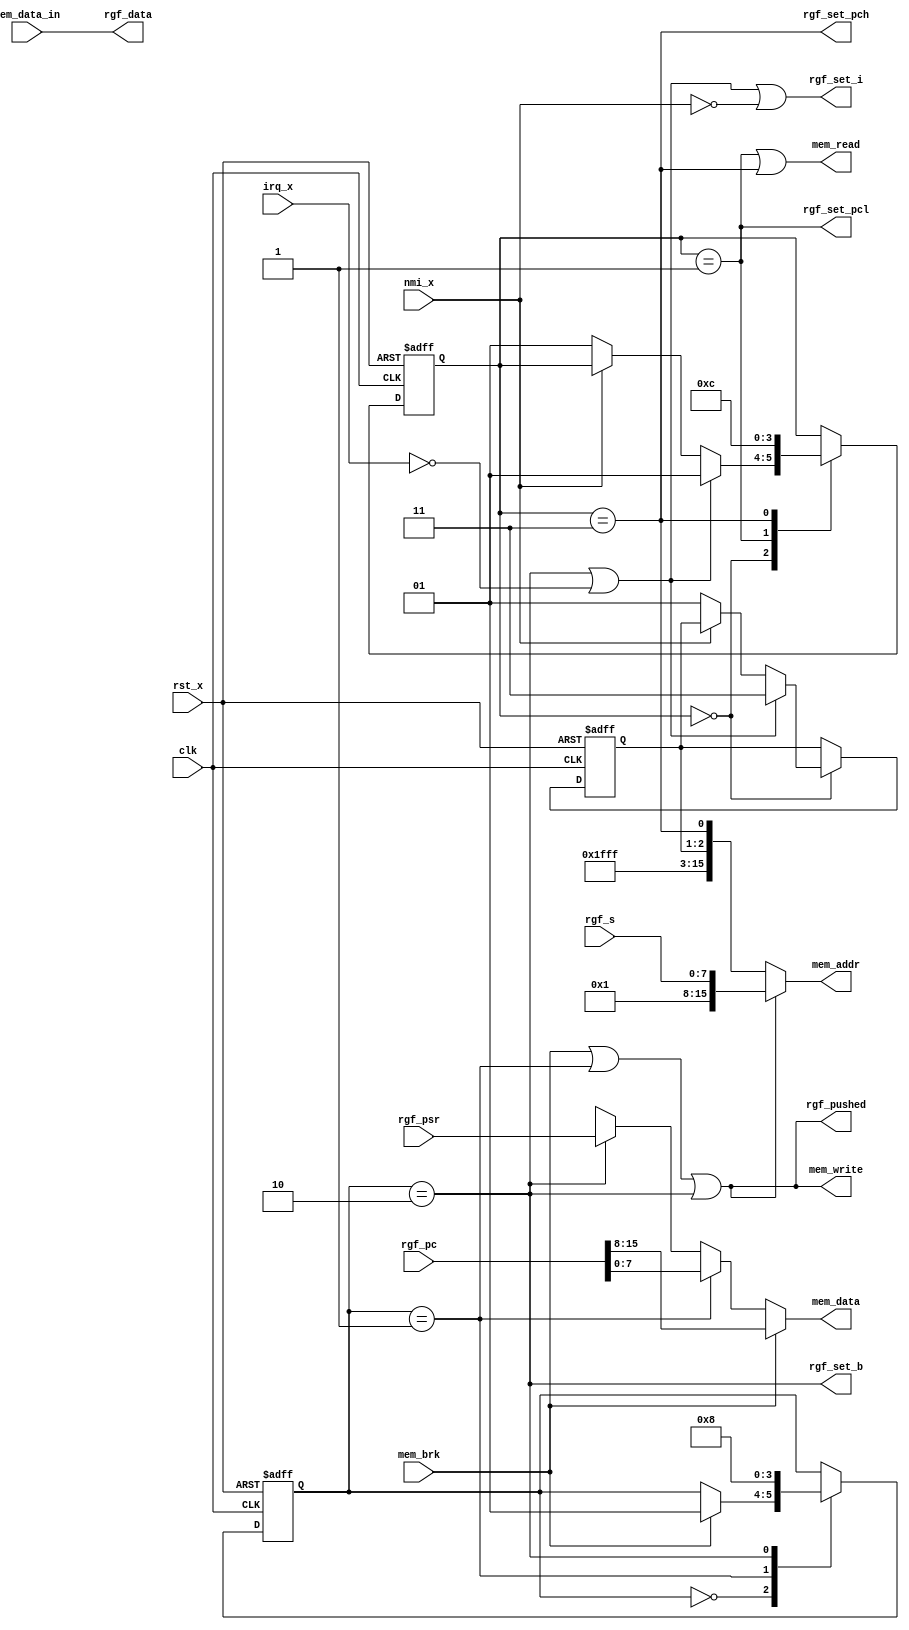
/**
******************************************************************************
* @file    interrupt.v
* @author  yxnan <yxnan@pm.me>
* @year    2020
* @brief   Interrupt Actions
******************************************************************************
*/

module InterruptHandler(
    input         clk,
    input         rst_x,
    input         irq_x,
    input         nmi_x,
    // Memory Controller interfaces.
    input  [ 7:0] mem_data_in,
    input         mem_brk,
    output [15:0] mem_addr,
    output        mem_read,
    output        mem_write,
    output [ 7:0] mem_data,
    // Register File interfaces.
    input  [ 7:0] rgf_s,
    input  [ 7:0] rgf_psr,
    input  [15:0] rgf_pc,
    output        rgf_set_i,
    output        rgf_set_b,
    output [ 7:0] rgf_data,
    output        rgf_set_pcl,
    output        rgf_set_pch,
    output        rgf_pushed
);

reg [1:0] r_res_state;
reg [1:0] r_int_state;
reg [1:0] r_vector;

wire      read_pcl;
wire      read_pch;

localparam VECTOR_NMI = 2'b01;
localparam VECTOR_RES = 2'b10;
localparam VECTOR_IRQ = 2'b11;
localparam VECTOR_BRK = 2'b11;

localparam S_RES_IDLE     = 2'b00;
localparam S_RES_LOAD_PCL = 2'b01;
localparam S_RES_LOAD_PCH = 2'b11;

localparam S_INT_IDLE     = 2'b00;
localparam S_INT_PUSH_PCL = 2'b01;
localparam S_INT_PUSH_PSR = 2'b10;

assign mem_addr   = mem_write ? { 8'h01, rgf_s } :
                    { 12'hfff, 1'b1, r_vector, read_pch };
assign mem_read   = read_pcl | read_pch;
assign mem_write  = mem_brk | (r_int_state == S_INT_PUSH_PCL) |
                    (r_int_state == S_INT_PUSH_PSR);
assign mem_data   = mem_brk ? rgf_pc[15:8] :
                    (r_int_state == S_INT_PUSH_PCL) ? rgf_pc[7:0] :
                    (r_int_state == S_INT_PUSH_PSR) ? rgf_psr :
                    8'hxx;
assign rgf_set_i   = (r_int_state == S_INT_PUSH_PSR) | (!irq_x) | (!nmi_x);
assign rgf_set_b   = r_int_state == S_INT_PUSH_PSR;
assign rgf_data    = mem_data_in;
assign rgf_set_pcl = read_pcl;
assign rgf_set_pch = read_pch;
assign rgf_pushed  = mem_write;

assign read_pcl  = r_res_state == S_RES_LOAD_PCL;
assign read_pch  = r_res_state == S_RES_LOAD_PCH;

always @ (posedge clk or negedge rst_x) begin
    if (!rst_x) begin
        r_res_state  <= S_RES_LOAD_PCL;
        r_vector     <= VECTOR_RES;
    end else begin
        case (r_res_state)
            S_RES_IDLE: begin
                if (!irq_x | (r_int_state == S_INT_PUSH_PSR)) begin
                    r_res_state  <= S_RES_LOAD_PCL;
                    r_vector     <= VECTOR_IRQ;
                end else if (!nmi_x) begin
                    r_res_state  <= S_RES_LOAD_PCL;
                    r_vector     <= VECTOR_NMI;
                end
            end

            S_RES_LOAD_PCL: begin
                r_res_state  <= S_RES_LOAD_PCH;
            end

            S_RES_LOAD_PCH: begin
                r_res_state  <= S_RES_IDLE;
            end
        endcase
    end
end

always @ (posedge clk or negedge rst_x) begin
    if (!rst_x) begin
        r_int_state <= S_INT_IDLE;
    end else begin
        case (r_int_state)
            S_INT_IDLE: begin
                if (mem_brk) begin
                    r_int_state <= S_INT_PUSH_PCL;
                end
            end

            S_INT_PUSH_PCL: begin
                r_int_state <= S_INT_PUSH_PSR;
            end

            S_INT_PUSH_PSR: begin
                r_int_state <= S_INT_IDLE;
            end
        endcase
    end
end
endmodule